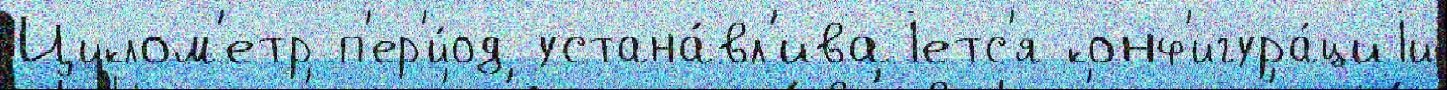
Циклом'етр п'ер'и́од устана́вл'иваjетс'я конф'игура́циjи